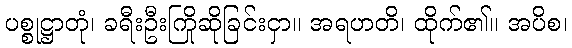
ပစ္စုဋ္ဌာတုံ၊ ခရီးဦးကြိုဆိုခြင်းငှာ။ အရဟတိ၊ ထိုက်၏။ အပိစ၊